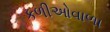
કળીઓવાળા